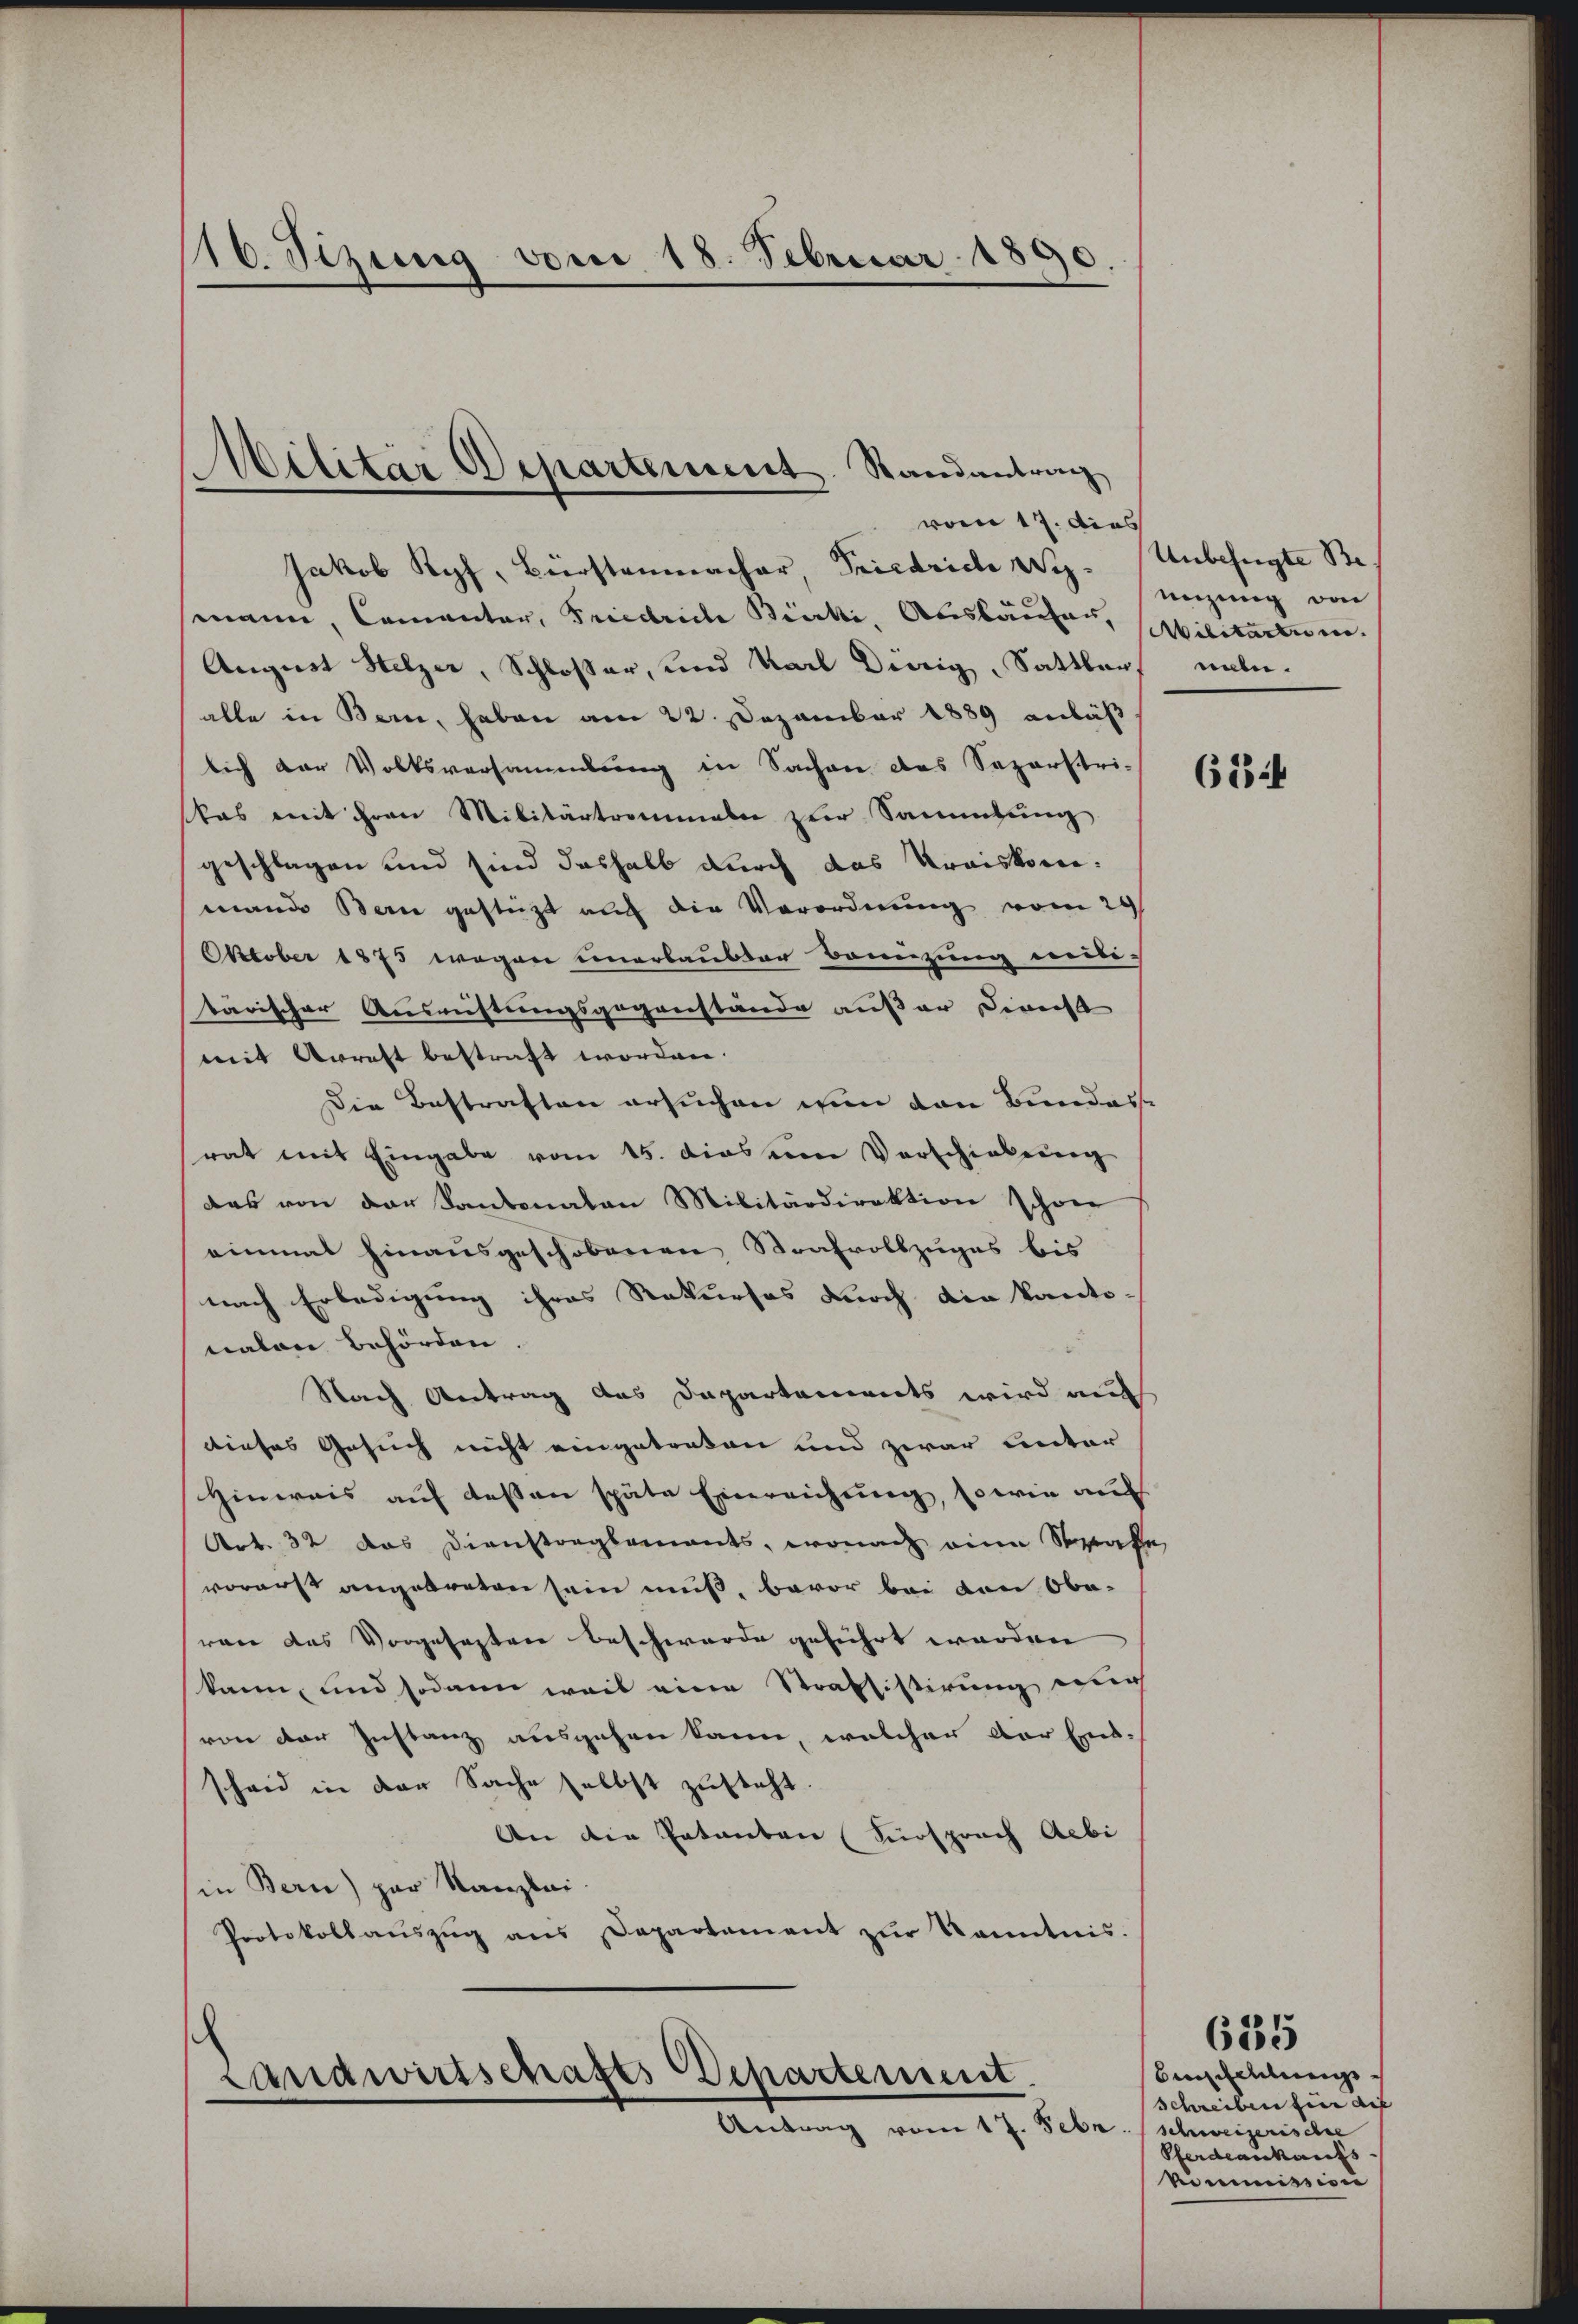
16. Sizung vom 18. Februar 1890.

Jakob Kopf, Bürstenmacher, Priedrich Wey. Unbefugte Be
smann, Camentar, Friedriche Becki, Auskaufen, Militärten.
August Helzer, Schlosser, und Karl Dierig, Sattler nahe-
alle in Bern, haben am 22. Dezember 1889 anläß
lich der Volksversammlung in Sachen des Saporstri-
kas mit Frau Militärtrommale zur Sammlung
geschlagen und sind deshalb durch das Kreiskommand Bern gestürzt auch die Verordnung vom 29
October 1875 wegen unerlaubter Benzung mit-
tärischer Ausrüstungsgegenstände außer Bericht
mit Arraft bestraft worden.
Die Bestraften ersuchen in den Bundes
rat mit Eingabe vom 15. dies um Vorschiebung
das von der Kantonalen Militärdirektion schon
einmal hinausgeschobenen Strafvollzuges bis
nach Erledigung ihres Rekurses durch die kantonalen Behörden.
Nach Antrag des Dapartements wird auf
dieses Gesuch nicht eingetreten und zwar unter
Hinweis auf dessen späte Einreichung, sowie auf
Art. 32 das Dienstreglements, wonach eine Strafe
vorerst angetreten sein muß, bevor bei den Oberan das Vorgesezten beschwerde geführt werden
kann, und sodann weil eine Strassistirung mich
von der Instanz ausgehen kann, welcher der Ent-
scheid in der Sache selbst zusteht
An die Patanten (Fürsprach Aebi
in Bern) par Kanzlei.
Protokollaŭszŭg ans Departament zŭr Kenntnis.

Militär Departement. Randantrag
vom 17. dies

Landwirtschafts Departement.
Antrag vom 17. Febr.

eizung von

624

bindungs¬
Schreiben für auf
schweizerische
Pferdeaukaufs
Vieimission

635